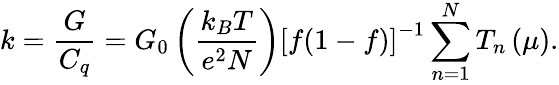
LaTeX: k=\frac{G}{C_{q}}=G_{0}\left(\frac{k_{B}T}{e^{2}N}\right)\left[f(1-f)\right]^{-1}\sum_{n=1}^{N}T_{n}\left(\mu\right).